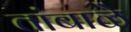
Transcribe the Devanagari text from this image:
तांबाळे